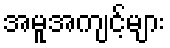
အမူအကျင့်များ